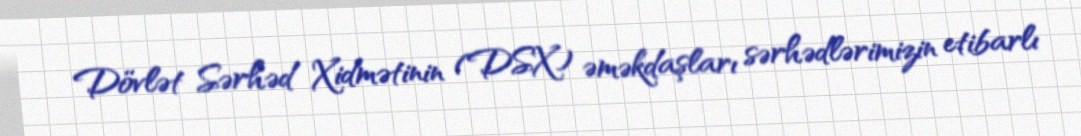
Dövlət Sərhəd Xidmətinin (DSX) əməkdaşları sərhədlərimizin etibarlı